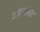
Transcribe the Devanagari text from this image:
आयर्वेद